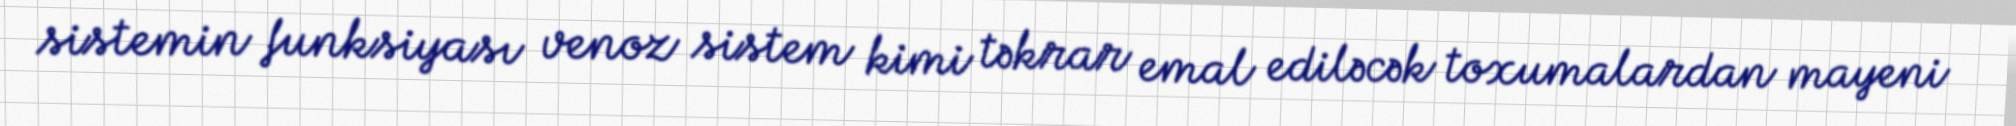
sistemin funksiyası venoz sistem kimi təkrar emal ediləcək toxumalardan mayeni